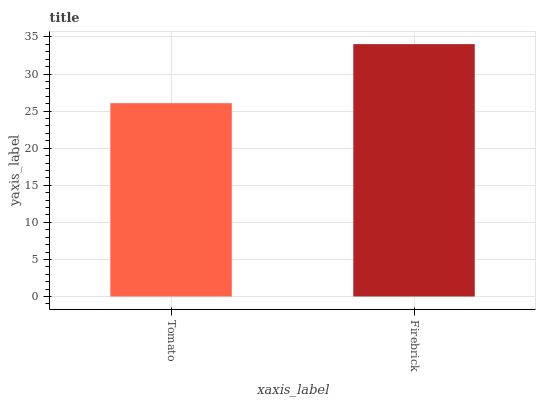
| xaxis_label | bars |
 | --- | --- |
 | Tomato | 26.1 |
 | Firebrick | 34 |